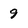
Character: 9